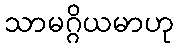
သာမဂ္ဂိယမာဟု